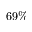
6 9 \%